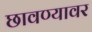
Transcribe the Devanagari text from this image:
छावण्यावर